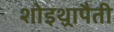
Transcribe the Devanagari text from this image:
शोइथ़्रापैती